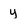
Character: y